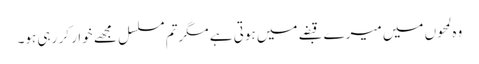
وہ لمحوں میں میرے قبضے میں ہوتی ہے مگرتم مسلسل مجھے خوار کر رہی ہو۔